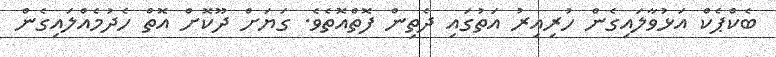
ބެކްޕެކް އަޅުވާލައިގެން ހުރިއިރު އަތުގައި ދެތިން ފޮތްއޮތެވެ. ގަޔަށް ދޫކޮށް އޮތް ހެދުމެއްލައިގެން